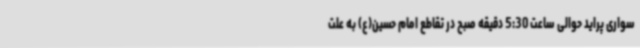
سواری پراید حوالی ساعت 5:30 دقیقه صبح در تقاطع امام حسین(ع) به علت